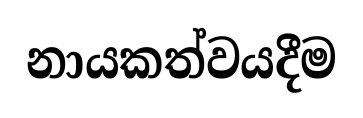
නායකත්වයදීම